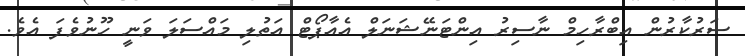
ސަރުކާރުން އިބްރާހިމް ނާސިރު އިންޓަނޭޝަނަލް އެއާޕޯޓް އަތުލި މައްސަލަ ވަނީ ހޫނުވެފަ އެވެ.